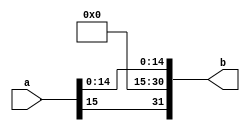
module sign_extend(
	input [15:0]a,
	output reg [31:0]b
); 
initial begin
b = 0; 
end
always@(*)begin
b[14:0] = a[14:0];
b[31] = a[15];
end
endmodule